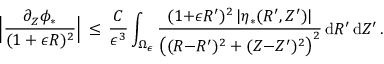
\Bigl | \frac { \partial _ { Z } \phi _ { * } } { ( 1 + \epsilon R ) ^ { 2 } } \Bigr | \, \le \, \frac { C } { \epsilon ^ { 3 } } \int _ { \Omega _ { \epsilon } } \frac { ( 1 { + } \epsilon R ^ { \prime } ) ^ { 2 } \, | \eta _ { * } ( R ^ { \prime } , Z ^ { \prime } ) | } { \bigl ( ( R { - } R ^ { \prime } ) ^ { 2 } + ( Z { - } Z ^ { \prime } ) ^ { 2 } \bigr ) ^ { 2 } } \, \mathrm { d } R ^ { \prime } \, \mathrm { d } Z ^ { \prime } \, .